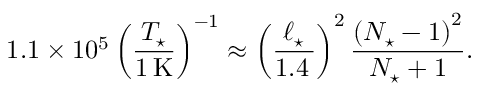
1 . 1 \times 1 0 ^ { 5 } \left( \frac { T _ { \star } } { 1 \, \mathrm { K } } \right) ^ { - 1 } \approx \left( \frac { \ell _ { \star } } { 1 . 4 \, \AA } \right) ^ { 2 } \frac { \left( N _ { \star } - 1 \right) ^ { 2 } } { N _ { \star } + 1 } .